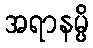
အရာနမ္ပိ